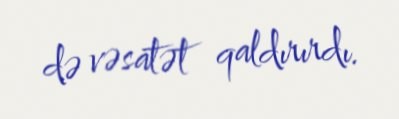
də vəsatət qaldırırdı.